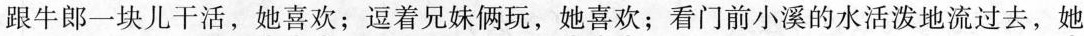
跟牛郎一块儿干活，她喜欢；逗着兄妹俩玩，她喜欢；看门前小溪的水活泼地流过去，她